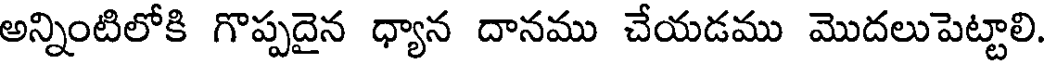
అన్నింటిలోకి గొప్పదైన ధ్యాన దానము చేయడము మొదలుపెట్టాలి.